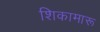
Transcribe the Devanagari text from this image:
शिकामारू